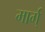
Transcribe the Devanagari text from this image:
मार्ग्